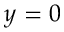
y = 0